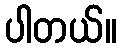
ပါတယ်။